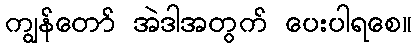
ကျွန်တော် အဲဒါအတွက် ပေးပါရစေ။